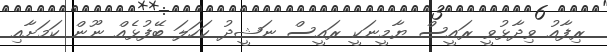
ރިފާއު ވިދާޅުވީ ރައީސް ޔާމީނަކީ ރައީސް ނަޝީދު ކަހަލަ ބޭފުޅެއް ނޫން ކަމަށާއި